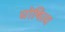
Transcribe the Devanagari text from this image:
घोषित्य